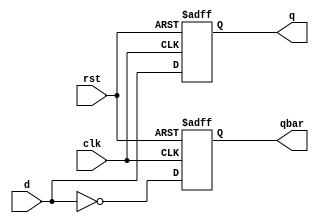
`timescale 1ns / 1ps
//////////////////////////////////////////////////////////////////////////////////
// Company: 
// Engineer: 
// 
// Design Name: 
// Module Name: DFFr
// Project Name: 
// Target Devices: 
// Tool Versions: 
// Description: 
// 
// Dependencies: 
// 
// Revision:
// Revision 0.01 - File Created
// Additional Comments:
// 
//////////////////////////////////////////////////////////////////////////////////


module DFFr(d, clk, rst, q, qbar);
    input d,clk ,rst;
    output reg q, qbar;
    always @ (posedge clk, posedge rst) begin
        // if rst == 1 then set eqal to zero
        // else store d in q and not d in qbar
        if (rst) begin
        q = 0;
        qbar = 1;
        end else begin
        q = d;
        qbar = ~d;
        end
    end
endmodule